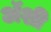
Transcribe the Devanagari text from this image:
अॅशी